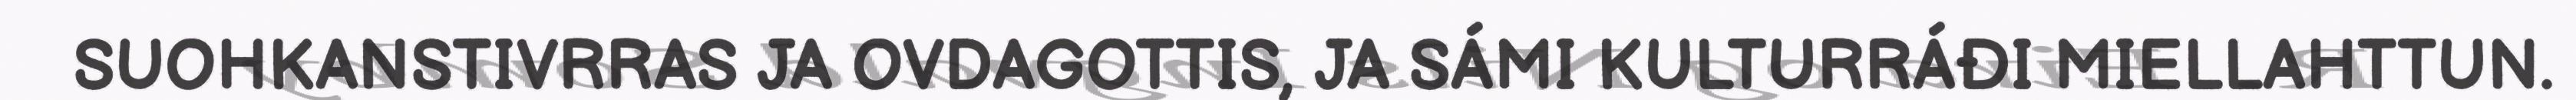
SUOHKANSTIVRRAS JA OVDAGOTTIS, JA SÁMI KULTURRÁĐI MIELLAHTTUN.